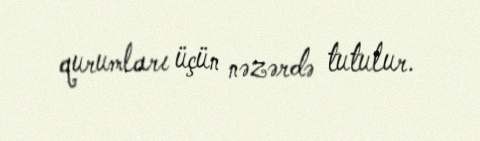
qurumları üçün nəzərdə tutulur.